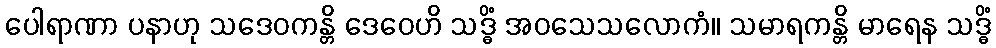
ပေါရာဏာ ပနာဟု သဒေဝကန္တိ ဒေဝေဟိ သဒ္ဓိံ အဝသေသလောကံ။ သမာရကန္တိ မာရေန သဒ္ဓိံ